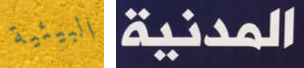
البيئية المدنية